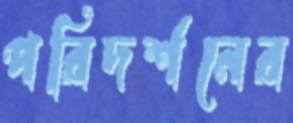
পরিদর্শনের